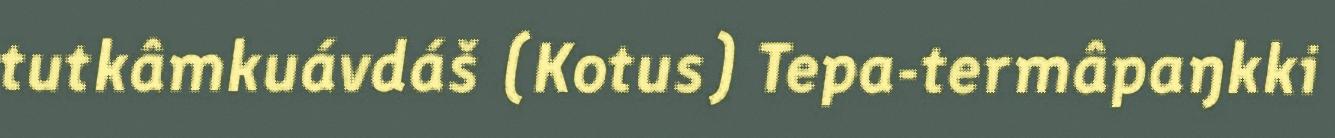
tutkâmkuávdáš (Kotus) Tepa-termâpaŋkki